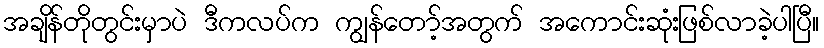
အချိန်တိုတွင်းမှာပဲ ဒီကလပ်က ကျွန်တော့်အတွက် အကောင်းဆုံးဖြစ်လာခဲ့ပါပြီ။